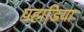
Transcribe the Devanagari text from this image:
पहाडि़या